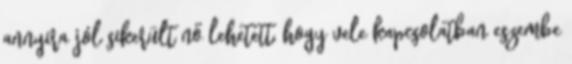
annyira jól sikerült nő lehetett, hogy vele kapcsolatban eszembe